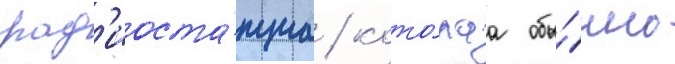
рад'иоста́нциа / кото́раа обы́чно